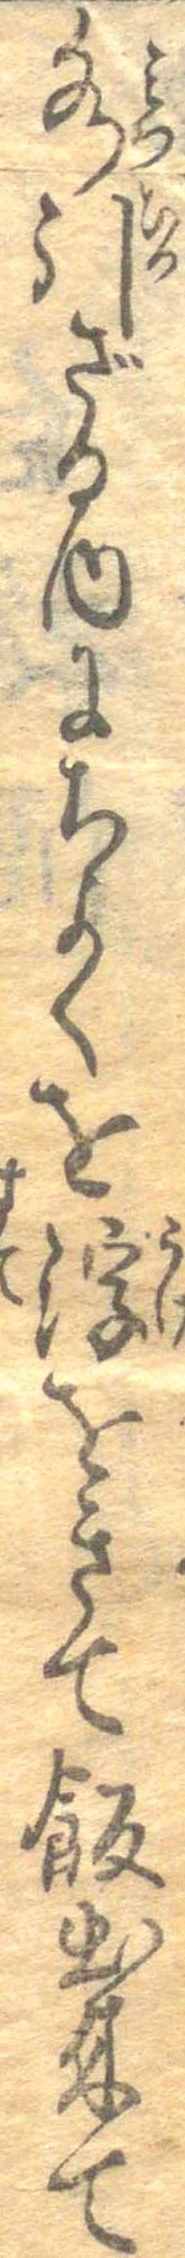
水引ざる内にちよくを浮をきて飯出来て